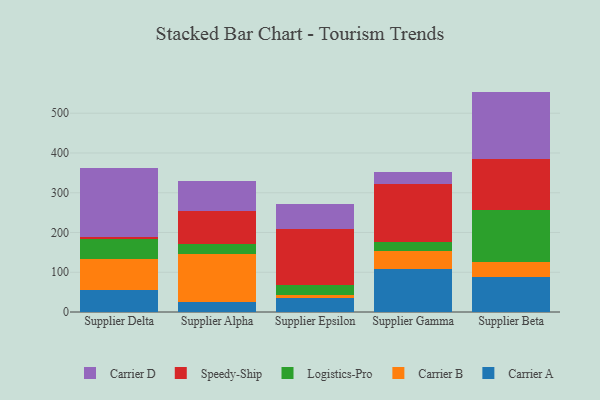
{"axis": {"x": "Supplier", "y": "Budget (USD K)"}, "legend": ["Carrier A", "Carrier B", "Carrier D", "Logistics-Pro", "Speedy-Ship"], "data": [{"x": "Supplier Delta", "y": 56.0, "type": "Carrier A"}, {"x": "Supplier Delta", "y": 78.0, "type": "Carrier B"}, {"x": "Supplier Delta", "y": 49.1, "type": "Logistics-Pro"}, {"x": "Supplier Delta", "y": 6.1, "type": "Speedy-Ship"}, {"x": "Supplier Delta", "y": 172.9, "type": "Carrier D"}, {"x": "Supplier Alpha", "y": 25.1, "type": "Carrier A"}, {"x": "Supplier Alpha", "y": 121.5, "type": "Carrier B"}, {"x": "Supplier Alpha", "y": 24.8, "type": "Logistics-Pro"}, {"x": "Supplier Alpha", "y": 83.4, "type": "Speedy-Ship"}, {"x": "Supplier Alpha", "y": 74.8, "type": "Carrier D"}, {"x": "Supplier Epsilon", "y": 35.3, "type": "Carrier A"}, {"x": "Supplier Epsilon", "y": 6.9, "type": "Carrier B"}, {"x": "Supplier Epsilon", "y": 24.7, "type": "Logistics-Pro"}, {"x": "Supplier Epsilon", "y": 142.9, "type": "Speedy-Ship"}, {"x": "Supplier Epsilon", "y": 60.9, "type": "Carrier D"}, {"x": "Supplier Gamma", "y": 108.9, "type": "Carrier A"}, {"x": "Supplier Gamma", "y": 43.4, "type": "Carrier B"}, {"x": "Supplier Gamma", "y": 25.0, "type": "Logistics-Pro"}, {"x": "Supplier Gamma", "y": 143.7, "type": "Speedy-Ship"}, {"x": "Supplier Gamma", "y": 30.1, "type": "Carrier D"}, {"x": "Supplier Beta", "y": 87.9, "type": "Carrier A"}, {"x": "Supplier Beta", "y": 39.1, "type": "Carrier B"}, {"x": "Supplier Beta", "y": 130.2, "type": "Logistics-Pro"}, {"x": "Supplier Beta", "y": 128.2, "type": "Speedy-Ship"}, {"x": "Supplier Beta", "y": 169.0, "type": "Carrier D"}]}